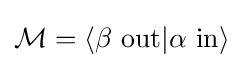
{\mathcal {M}}=\langle \beta \ \mathrm {out} |\alpha \ \mathrm {in} \rangle